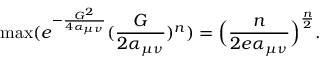
\operatorname* { m a x } ( e ^ { - \frac { G ^ { 2 } } { 4 \alpha _ { \mu \nu } } } ( \frac { G } { 2 \alpha _ { \mu \nu } } ) ^ { n } ) = \Big ( \frac { n } { 2 e \alpha _ { \mu \nu } } \Big ) ^ { \frac { n } { 2 } } .